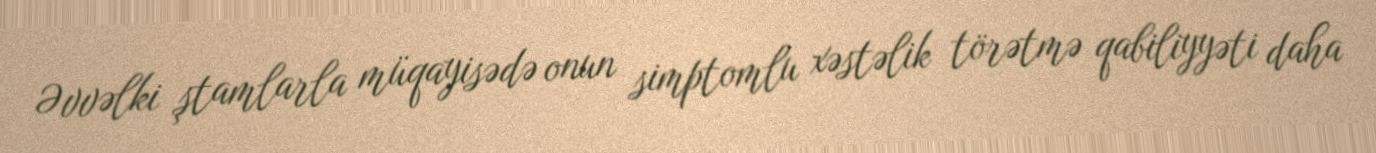
Əvvəlki ştamlarla müqayisədə onun simptomlu xəstəlik törətmə qabiliyyəti daha